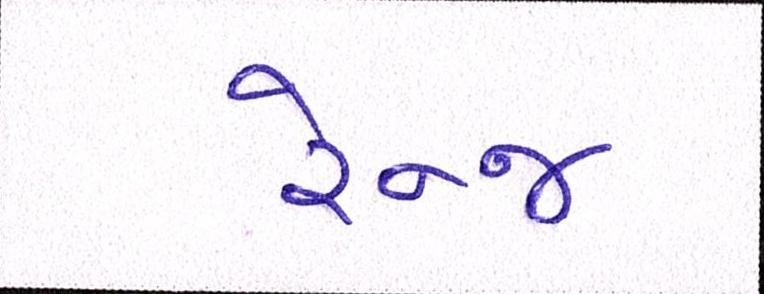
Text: રેન્જ